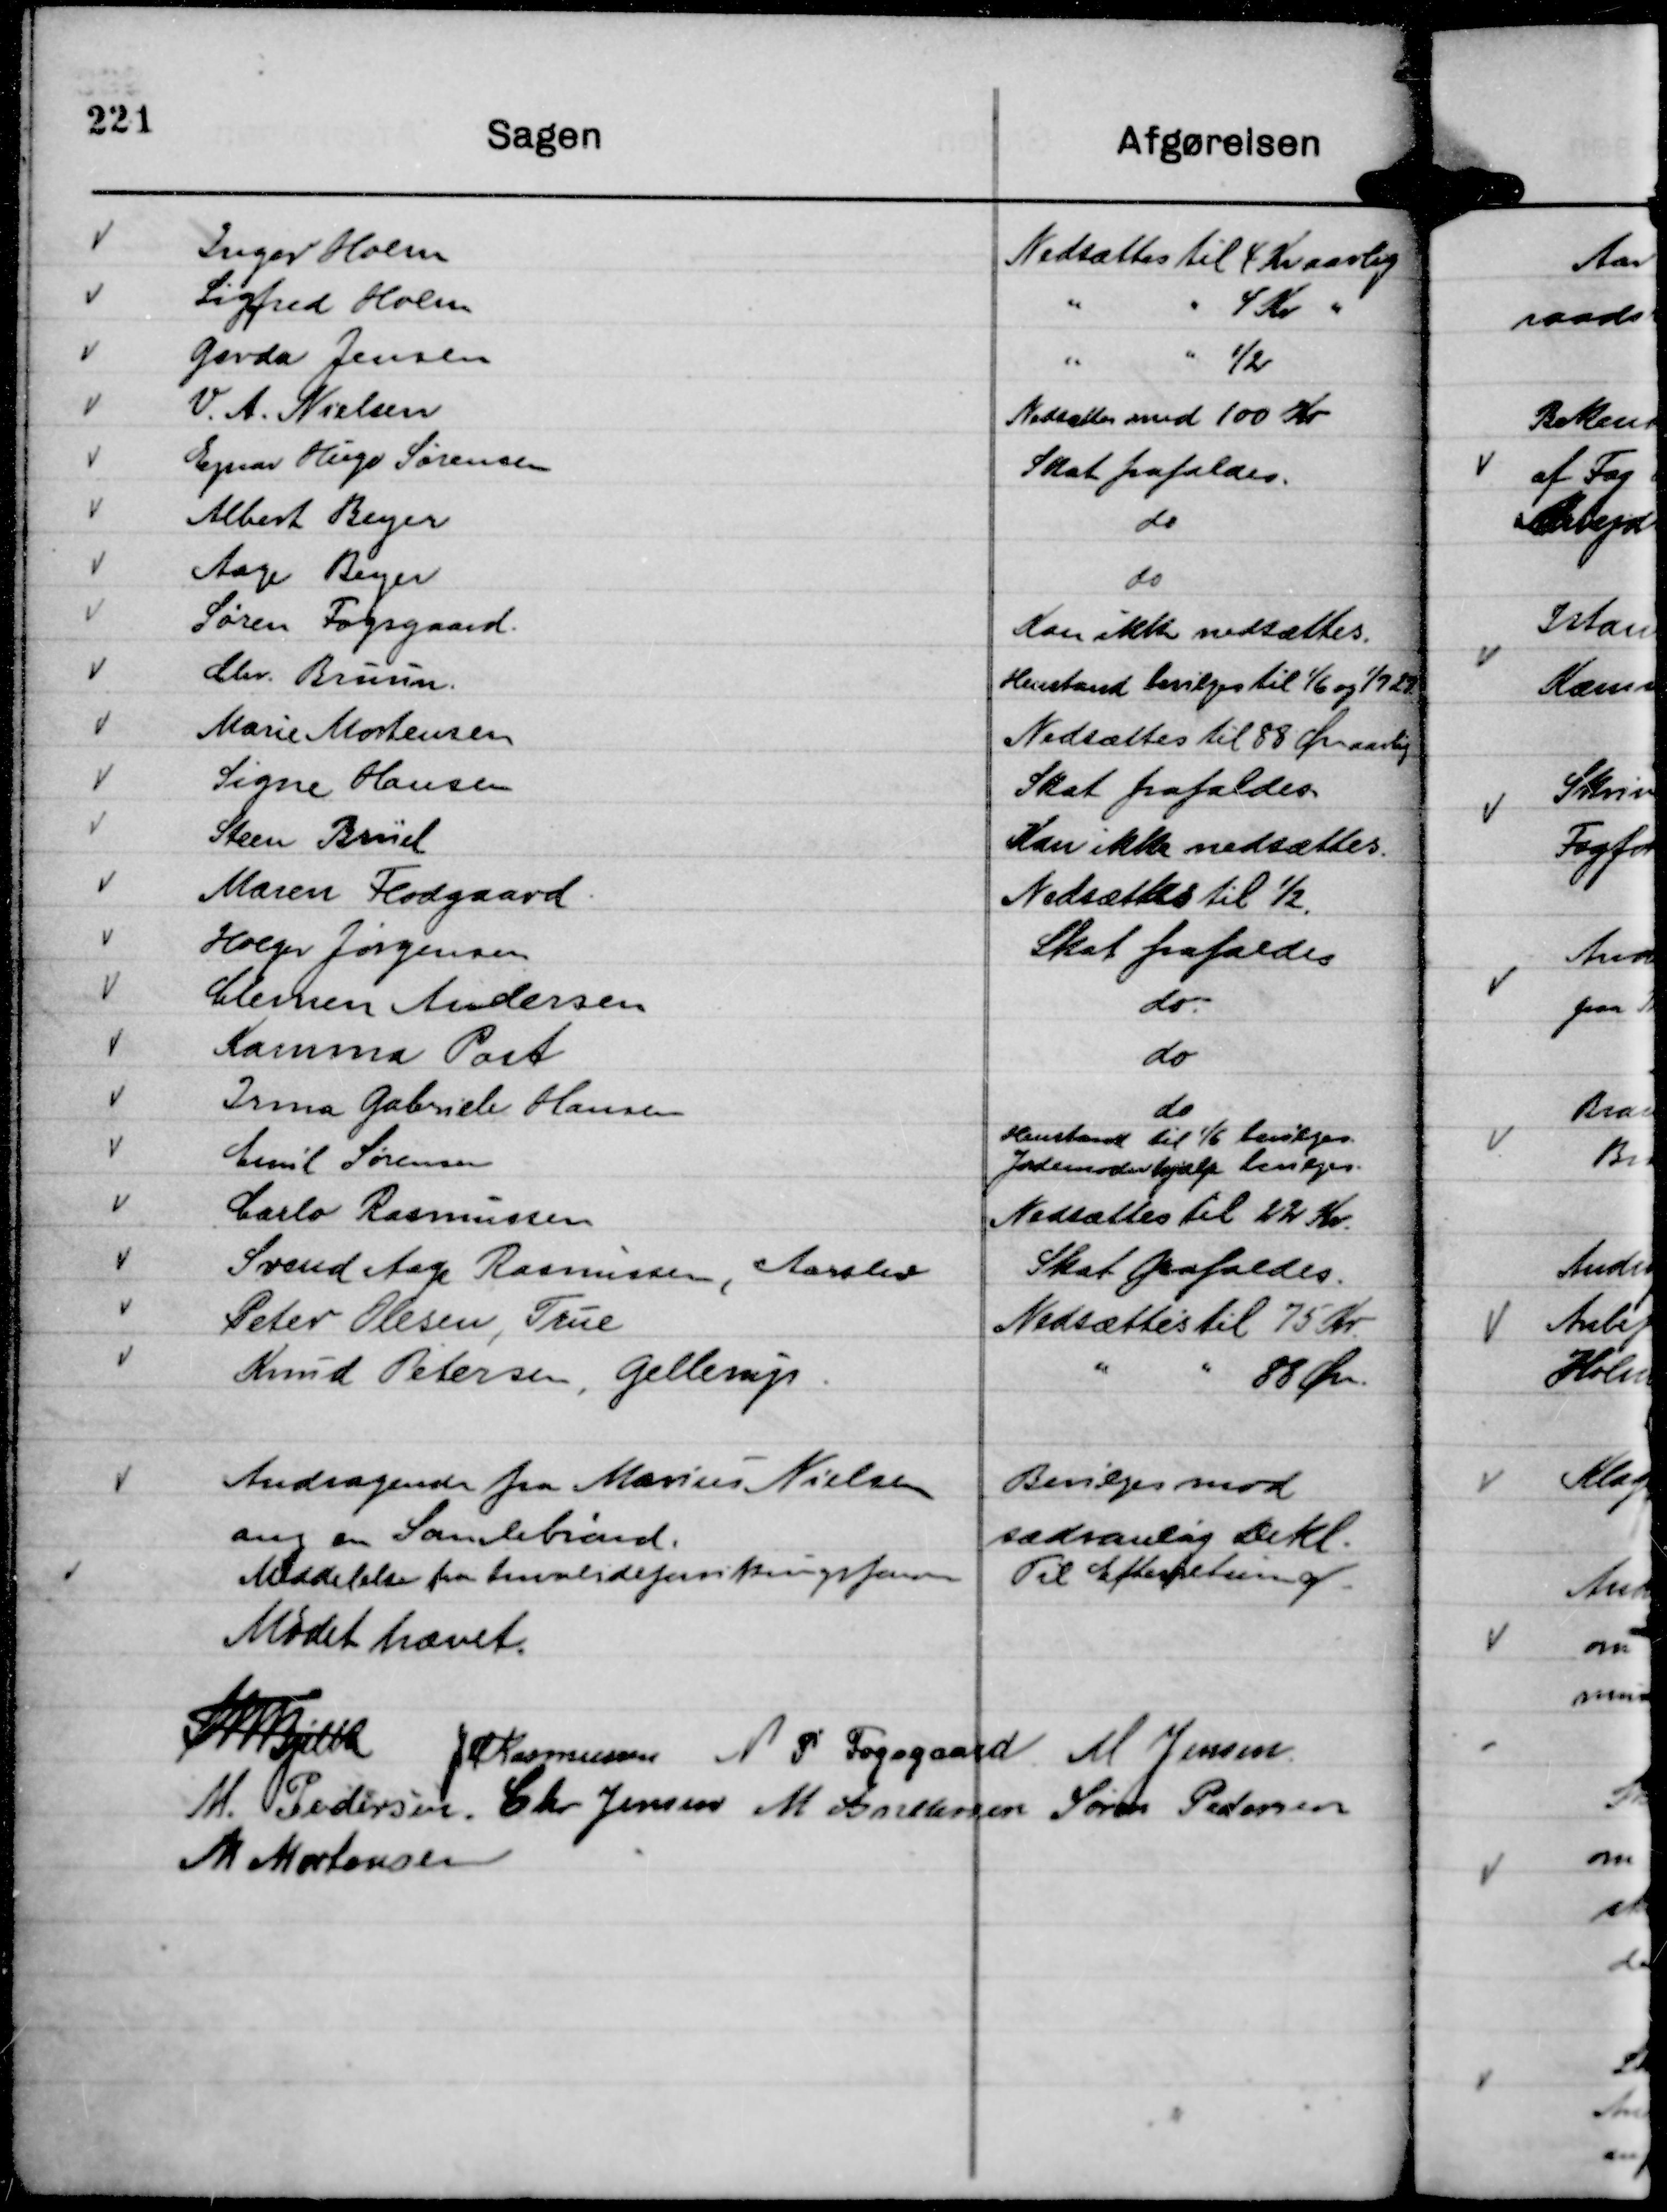
Transskription:
Andragende fra Marius Nielsen
ang en Samlebrønd.

Bevilges mod
sædvanlig Dekl.

Meddelelse fra Invalideforsikringsfonden

Til Efterretning.

Mødet hævet.
Th Bjelke
JM Rasmussen
N P Fogsgaard
M Jensen.
M. Pedersen.
Chr Jensen
M Andersen
Søren Pedersen
M Mortensen